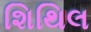
શિથિલ